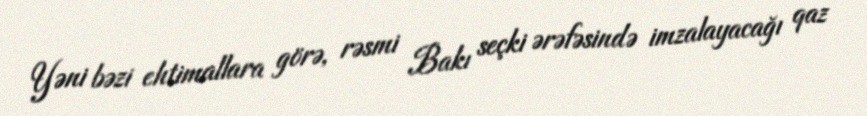
Yəni bəzi ehtimallara görə, rəsmi Bakı seçki ərəfəsində imzalayacağı qaz